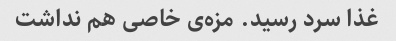
غذا سرد رسید. مزه‌ی خاصی هم نداشت